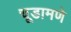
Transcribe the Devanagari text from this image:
चूडामणे